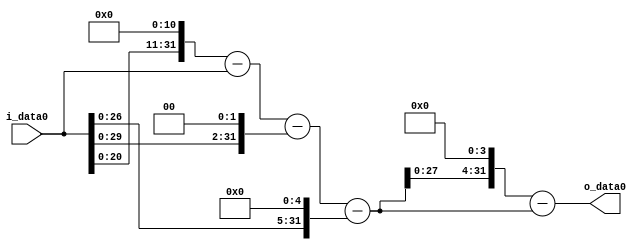
module multiplier_block (
    i_data0,
    o_data0
);

  // Port mode declarations:
  input   [31:0] i_data0;
  output  [31:0]
    o_data0;

  //Multipliers:

  wire [31:0]
    w1,
    w2048,
    w2047,
    w4,
    w2043,
    w32,
    w2011,
    w32176,
    w30165;

  assign w1 = i_data0;
  assign w2011 = w2043 - w32;
  assign w2043 = w2047 - w4;
  assign w2047 = w2048 - w1;
  assign w2048 = w1 << 11;
  assign w30165 = w32176 - w2011;
  assign w32 = w1 << 5;
  assign w32176 = w2011 << 4;
  assign w4 = w1 << 2;

  assign o_data0 = w30165;

  //multiplier_block area estimate = 7032.00941024118;
endmodule